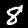
Digit: 8